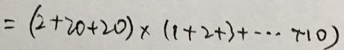
= ( 2 + 2 0 + 2 0 ) \times ( 1 + 2 + 3 + \cdots + 1 0 )